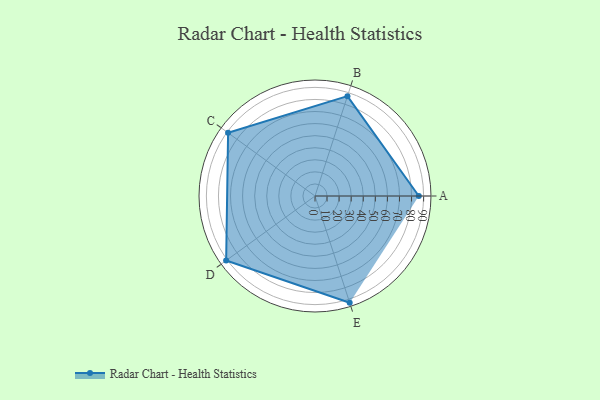
{"axis": {"x": "Skill", "y": "Score"}, "legend": ["Profile"], "data": [{"x": "A", "y": 86.0, "type": "Profile"}, {"x": "B", "y": 87.0, "type": "Profile"}, {"x": "C", "y": 89.0, "type": "Profile"}, {"x": "D", "y": 91.0, "type": "Profile"}, {"x": "E", "y": 93.0, "type": "Profile"}]}